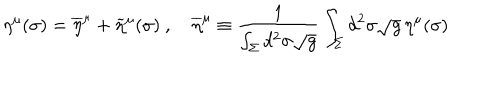
\eta ^ { \mu } ( \sigma ) = \overline { { \eta } } ^ { \mu } + \widetilde \eta ^ { \mu } ( \sigma ) \ , \quad \overline { { \eta } } ^ { \mu } \equiv { \frac { 1 } { \int _ { \Sigma } d ^ { 2 } \sigma \sqrt g } } \int _ { \Sigma } d ^ { 2 } \sigma \sqrt g \, \eta ^ { \mu } ( \sigma )